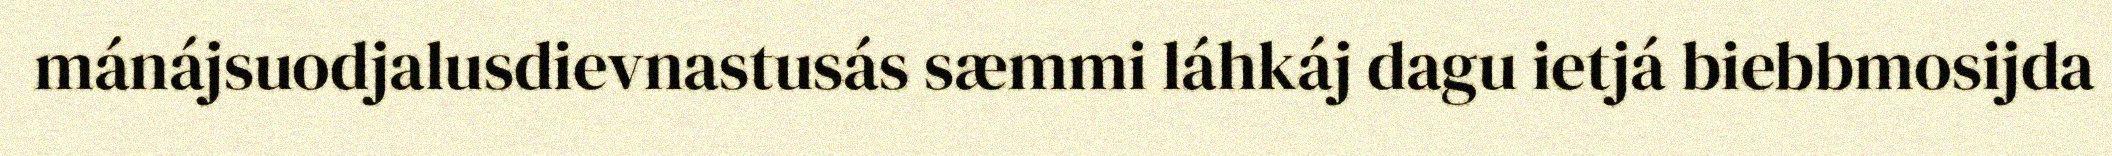
mánájsuodjalusdievnastusás sæmmi láhkáj dagu ietjá biebbmosijda